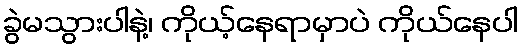
ခွဲမသွားပါနဲ့၊ ကိုယ့်နေရာမှာပဲ ကိုယ်နေပါ